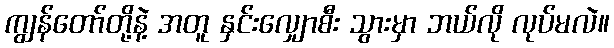
ကျွန်တော်တို့နဲ့ အတူ နှင်းလျှောစီး သွားမှာ ဘယ်လို လုပ်မလဲ။